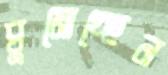
ঘুমোচ্ছেন